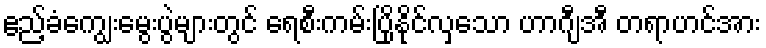
ဧည့်ခံကျွေးမွေးပွဲများတွင် ရေစီးကမ်းပြိုနိုင်လှသော ဟာဂျီအီ တရာဟင်အား